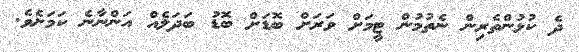
ދެ ކުޅުންތެރިން ނެތުމުން ޓީމަށް ވަރަށް ބޮޑަށް ބޮޑު ބަދަލެއް އަންނާނެ ކަމަށެވެ.